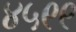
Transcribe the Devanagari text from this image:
४५९९